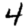
Digit: 4